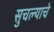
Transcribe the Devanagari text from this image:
सुचल्याचे